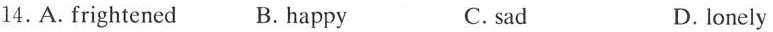
14.A.Frightened B.Happy C. sad D. lonely